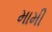
મામી